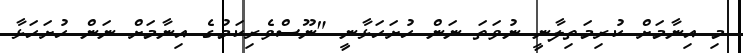
މި އިނާމަށް ކުރިމަތިލާނީ ނުވަތަ ނަން ހުށަހަޅާނީ "ނޫސްވެރިކަމުގެ އިނާމަށް ނަން ހުށަހަޅާ